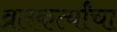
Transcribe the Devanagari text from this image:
व्रतकर्त्यांचा